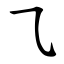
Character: ㇈